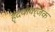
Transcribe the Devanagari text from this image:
हृदयावर्जक